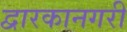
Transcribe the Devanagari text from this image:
द्वारकानगरी